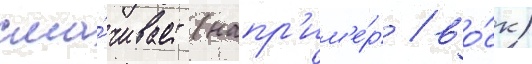
сма́чивает (напр'им'е́р / во́ск)